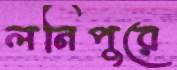
লনিপুরে